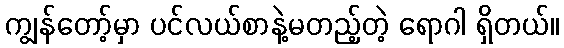
ကျွန်တော့်မှာ ပင်လယ်စာနဲ့မတည့်တဲ့ ရောဂါ ရှိတယ်။